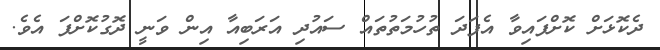
ދެކޮޅަށް ކޮށްފައިވާ އެފަދަ ތުހުމަތުތައް ސައުދި އަރަބިއާ އިން ވަނީ ދޮގުކޮށްފަ އެވެ.